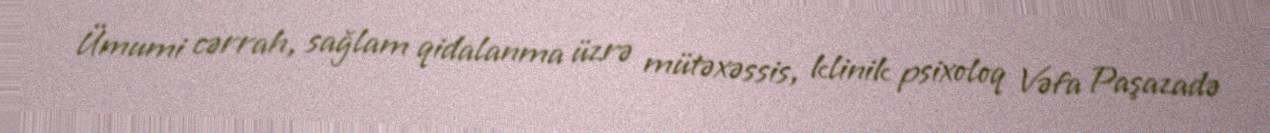
Ümumi cərrah, sağlam qidalanma üzrə mütəxəssis, klinik psixoloq Vəfa Paşazadə